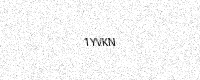
Text: 1YVKN